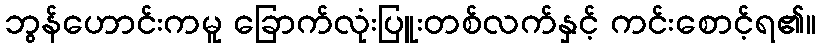
ဘွန်ဟောင်းကမူ ခြောက်လုံးပြူးတစ်လက်နှင့် ကင်းစောင့်ရ၏။